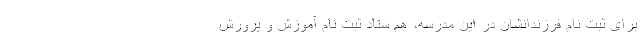
برای ثبت نام فرزندانشان در این مدرسه، هم ستاد ثبت نام آموزش و پرورش